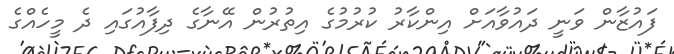
ފައުޒާން ވަނީ ދައުވާއަށް އިންކާރު ކުރުމުގެ އިތުރުން އޭނާގެ ދިފާއުގައި ދެ މީހެއްގެ